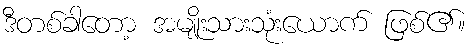
ဒီတစ်ခါတော့ အမျိုးသားသုံးယောက် ဖြစ်၏။